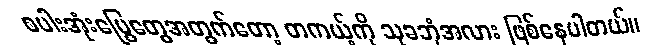
စပါးအုံးမြွေတွေအတွက်တော့ တကယ့်ကို သုခဘုံအလား ဖြစ်နေပါတယ်။